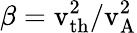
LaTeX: \beta=\mathrm{v_{th}^{2}/v_{A}^{2}}